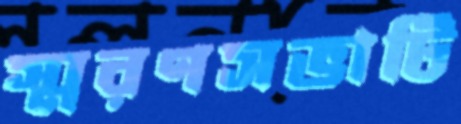
স্মরণসভাটি